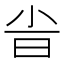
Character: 𣅱